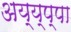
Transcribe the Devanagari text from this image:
अय्य्प्पा